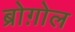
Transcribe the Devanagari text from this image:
ब्रोग़ोल